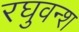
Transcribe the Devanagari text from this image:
रघुवन्श